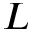
L